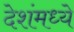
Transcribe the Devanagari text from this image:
देशंमध्ये